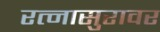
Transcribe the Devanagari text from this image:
रत्नासुरावर